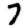
Digit: 7